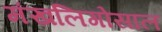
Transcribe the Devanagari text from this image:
मंखलिगोसाल